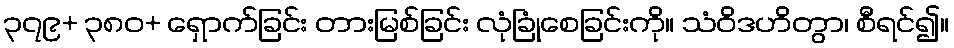
၃၇၉+ ၃၈၀+ ရှောက်ခြင်း တားမြစ်ခြင်း လုံခြုံစေခြင်းကို။ သံဝိဒဟိတွာ၊ စီရင်၍။